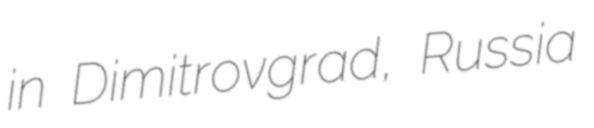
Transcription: in Dimitrovgrad, Russia